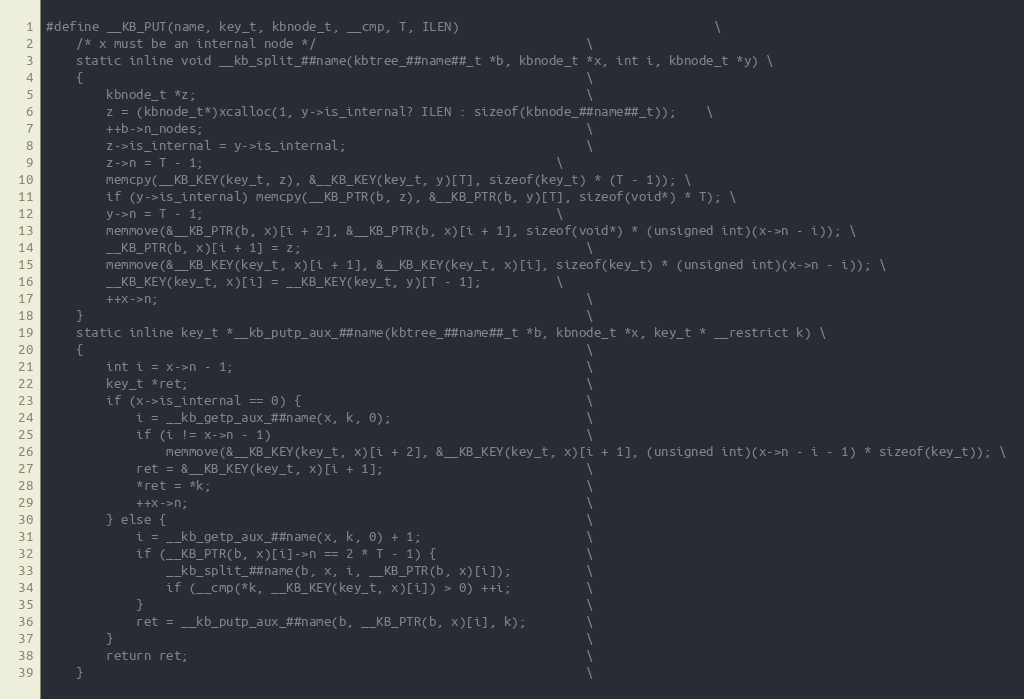
Language: C
#define __KB_PUT(name, key_t, kbnode_t, __cmp, T, ILEN)									\
	/* x must be an internal node */									\
	static inline void __kb_split_##name(kbtree_##name##_t *b, kbnode_t *x, int i, kbnode_t *y) \
	{																	\
		kbnode_t *z;													\
		z = (kbnode_t*)xcalloc(1, y->is_internal? ILEN : sizeof(kbnode_##name##_t));	\
		++b->n_nodes;													\
		z->is_internal = y->is_internal;								\
		z->n = T - 1;												\
		memcpy(__KB_KEY(key_t, z), &__KB_KEY(key_t, y)[T], sizeof(key_t) * (T - 1)); \
		if (y->is_internal) memcpy(__KB_PTR(b, z), &__KB_PTR(b, y)[T], sizeof(void*) * T); \
		y->n = T - 1;												\
		memmove(&__KB_PTR(b, x)[i + 2], &__KB_PTR(b, x)[i + 1], sizeof(void*) * (unsigned int)(x->n - i)); \
		__KB_PTR(b, x)[i + 1] = z;										\
		memmove(&__KB_KEY(key_t, x)[i + 1], &__KB_KEY(key_t, x)[i], sizeof(key_t) * (unsigned int)(x->n - i)); \
		__KB_KEY(key_t, x)[i] = __KB_KEY(key_t, y)[T - 1];			\
		++x->n;															\
	}																	\
	static inline key_t *__kb_putp_aux_##name(kbtree_##name##_t *b, kbnode_t *x, key_t * __restrict k) \
	{																	\
		int i = x->n - 1;												\
		key_t *ret;														\
		if (x->is_internal == 0) {										\
			i = __kb_getp_aux_##name(x, k, 0);							\
			if (i != x->n - 1)											\
				memmove(&__KB_KEY(key_t, x)[i + 2], &__KB_KEY(key_t, x)[i + 1], (unsigned int)(x->n - i - 1) * sizeof(key_t)); \
			ret = &__KB_KEY(key_t, x)[i + 1];							\
			*ret = *k;													\
			++x->n;														\
		} else {														\
			i = __kb_getp_aux_##name(x, k, 0) + 1;						\
			if (__KB_PTR(b, x)[i]->n == 2 * T - 1) {					\
				__kb_split_##name(b, x, i, __KB_PTR(b, x)[i]);			\
				if (__cmp(*k, __KB_KEY(key_t, x)[i]) > 0) ++i;			\
			}															\
			ret = __kb_putp_aux_##name(b, __KB_PTR(b, x)[i], k);		\
		}																\
		return ret; 													\
	}																	\